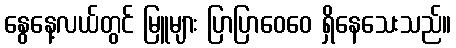
နွေနေ့လယ်တွင် မြူများ ပြာပြာဝေဝေ ရှိနေသေးသည်။